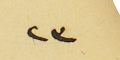
٢٣